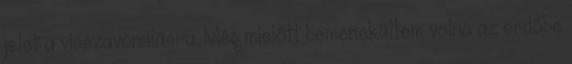
jelet a visszavonulásra. Még mielőtt bemenekültem volna az erdőbe